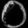
Digit: ၀